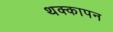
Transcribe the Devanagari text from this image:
थक्कापन